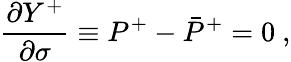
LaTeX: \frac{\partial Y^{+}}{\partial\sigma}\equiv P^{+}-\bar{P}^{+}=0~,